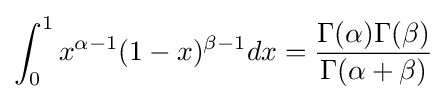
\int _{0}^{1}x^{\alpha -1}(1-x)^{\beta -1}dx={\frac {\Gamma (\alpha )\Gamma (\beta )}{\Gamma (\alpha +\beta )}}